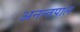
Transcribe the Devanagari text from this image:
अनन्तपाल